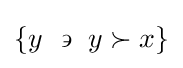
\left\{y~\backepsilon ~y\succ x\right\}